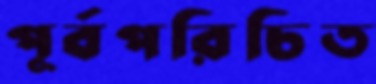
পূর্বপরিচিত